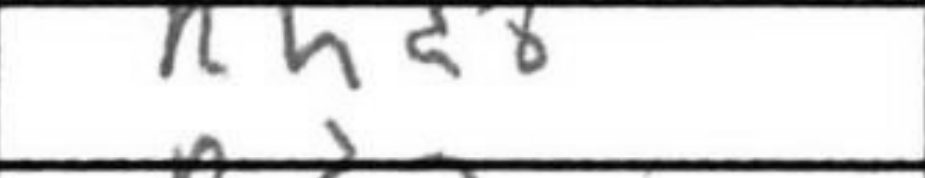
Transcription: Rhd8